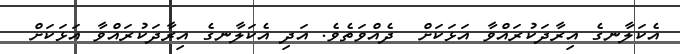
އެކަލާނގެ އިރާދަކުރައްވާ އަޅަކަށް  ދެއްވަތެވެ. އަދި އެކަލާނގެ އިރާދަކުރައްވާ އަޅަކަށް